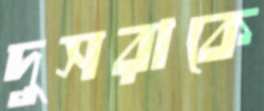
দুসরাকে